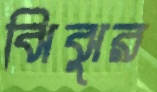
ঝিঝুর